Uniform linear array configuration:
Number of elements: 12
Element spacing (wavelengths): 1
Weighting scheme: uniform
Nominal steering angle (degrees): -60
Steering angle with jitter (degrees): -58.898
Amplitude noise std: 0.05
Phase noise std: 0.05

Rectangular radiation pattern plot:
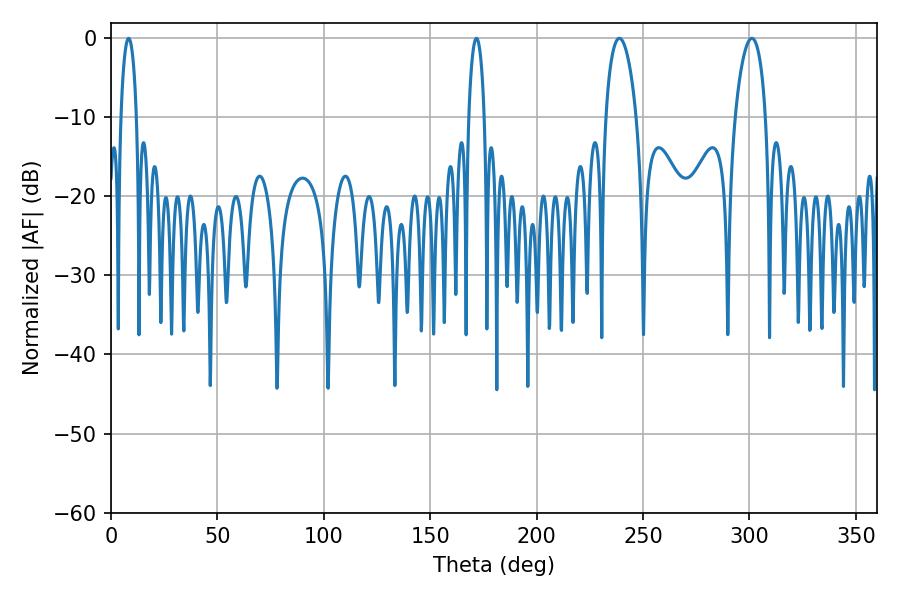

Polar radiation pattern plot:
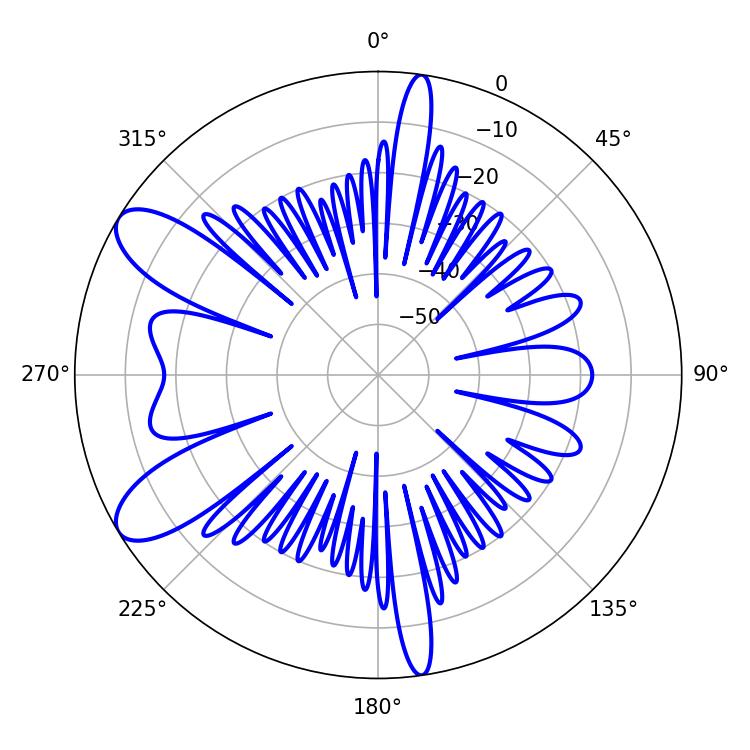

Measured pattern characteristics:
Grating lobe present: TRUE
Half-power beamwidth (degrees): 3.96
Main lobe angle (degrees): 8.28